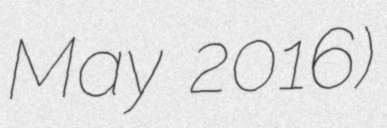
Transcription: May 2016)